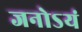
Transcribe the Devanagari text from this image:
जनोऽयं